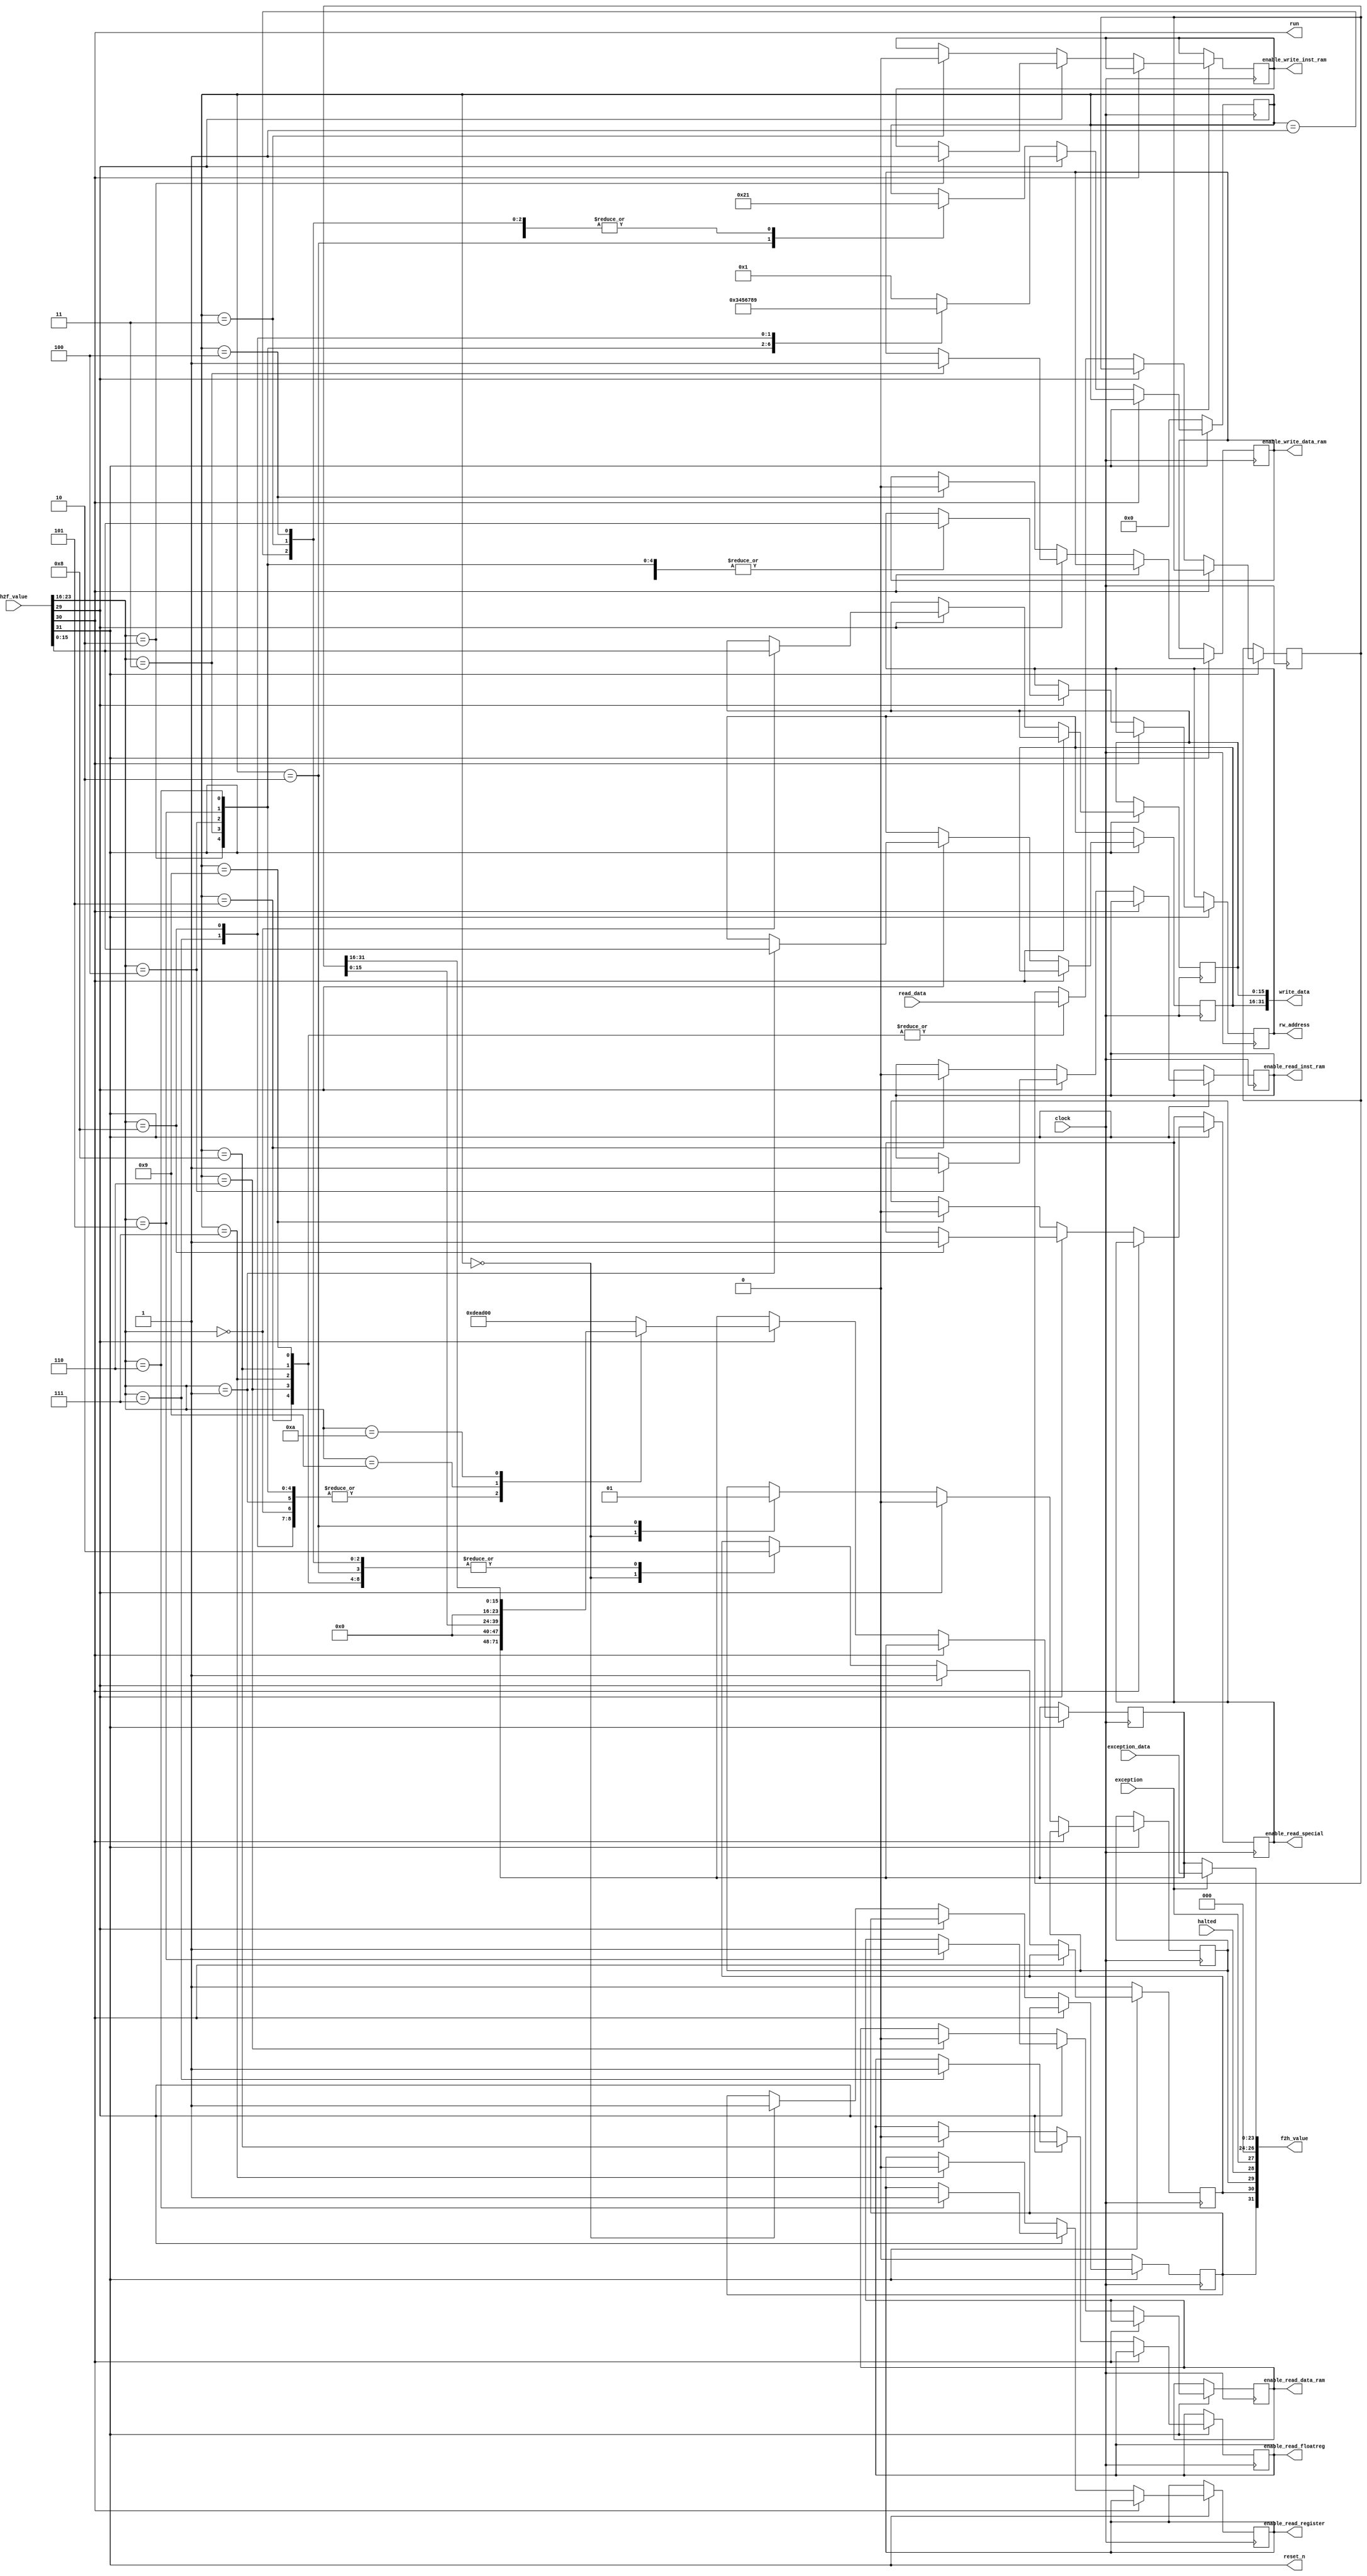
// This program was cloned from: https://github.com/bradgrantham/alice5
// License: Apache License 2.0

module GPU32BitInterface
    #(parameter WORD_WIDTH=32, ADDRESS_WIDTH=16)
(
    input wire clock,

    input wire [31:0] h2f_value,
    output wire [31:0] f2h_value,

    output wire reset_n,
    output wire run,

    input wire halted,
    input wire exception,
    input wire [23:0] exception_data,

    output reg enable_write_inst_ram,
    output reg enable_write_data_ram,
    output reg enable_read_inst_ram,
    output reg enable_read_data_ram,
    output reg enable_read_register,
    output reg enable_read_floatreg,
    output reg enable_read_special,

    output reg [ADDRESS_WIDTH-1:0] rw_address,
    output wire [WORD_WIDTH-1:0] write_data,
    input wire [WORD_WIDTH-1:0] read_data
);

    localparam H2F_RESET_N_BIT = 31;            // Reset cores, active low
    localparam H2F_RUN_BIT = 30;                // Operate cores, active high
    localparam H2F_REQUEST_BIT = 29;            // Set high if request command is in H2F[23:0]

    localparam H2F_CMD_PUT_LOW_16 = 8'd0;       // Put 15:0 into low 16 of write register
    localparam H2F_CMD_PUT_HIGH_16 = 8'd1;      // Put 15:0 into high 16 of write register
    localparam H2F_CMD_WRITE_INST_RAM = 8'd2;   // Write write register into inst RAM at address in 15:0
    localparam H2F_CMD_WRITE_DATA_RAM = 8'd3;   // Write write register into data RAM at address in 15:0
    localparam H2F_CMD_READ_INST_RAM = 8'd4;    // Read inst RAM at address in 15:0 into read register
    localparam H2F_CMD_READ_DATA_RAM = 8'd5;    // Read data RAM at address in 15:0 into read register
    // TODO - need to implement reading registers through ShaderCore
    localparam H2F_CMD_READ_X_REG = 8'd6;       // Read X register at 4:0 into read register
    localparam H2F_CMD_READ_F_REG = 8'd7;       // Read F register at 4:0 into read register
    localparam H2F_CMD_READ_SPECIAL = 8'd8;     // Read special CPU value indicated in 4:0 into read register
    localparam H2F_CMD_GET_LOW_16 = 8'd9;       // Get low 16 of read register into F2H 15:0
    localparam H2F_CMD_GET_HIGH_16 = 8'd10;     // Get high 16 of read register into F2H 15:0

    localparam F2H_ERR_UNKNOWN_CMD = 24'hdead00;

    assign reset_n = h2f_value[H2F_RESET_N_BIT];
    assign run = h2f_value[H2F_RUN_BIT];
    wire h2f_request /* verilator public */ = h2f_value[H2F_REQUEST_BIT];
    wire [7:0] h2f_command /* verilator public */ = h2f_value[23:16];
    wire [15:0] h2f_parameter /* verilator public */ = h2f_value[15:0];

    // FPGA-to-HPS communication

    reg f2h_exited_reset /* verilator public */;
    reg f2h_busy /* verilator public */;
    reg f2h_cmd_error /* verilator public */;
    reg [23:0] f2h_data_field /* verilator public */;

    assign f2h_value = {
        f2h_exited_reset,
        f2h_busy,
        f2h_cmd_error,
        halted,
        exception,
        3'b0,
        exception ? exception_data : f2h_data_field
    };

    // Internal state maintained for H2F and F2H communication
    reg [31:0] read_register /* verilator public */;
    reg [15:0] write_register_low16 /* verilator public */;
    reg [15:0] write_register_high16 /* verilator public */;


    // States for completing command processing
    localparam STATE_INIT = 0;
    localparam STATE_IDLE = 1;
    localparam STATE_ERROR = 2;
    localparam STATE_WAIT_WRITE_INST_RAM = 3;
    localparam STATE_WAIT_WRITE_DATA_RAM = 4;
    localparam STATE_WAIT_READ_INST_RAM = 5;
    localparam STATE_WAIT_READ_DATA_RAM = 6;
    localparam STATE_WAIT_READ_X_REG = 7;
    localparam STATE_WAIT_READ_F_REG = 8;
    localparam STATE_WAIT_READ_SPECIAL = 9;
    reg [3:0] state /* verilator public */;

    assign write_data = {write_register_high16, write_register_low16};

    always @(posedge clock) begin // {
        if(!reset_n) begin // {

            f2h_exited_reset <= 0;
            state <= STATE_INIT;
            f2h_busy <= 1;

        end else begin // } {

            if (run) begin // {

                // No command processing during run
                // Could do something here, I guess

            end else begin // } {

                if (h2f_request) begin // {

                    // HPS has raised the bit to request processing of a command

                    f2h_busy <= 1;
                    f2h_cmd_error <= 0;

                    case (h2f_command) // {
                        H2F_CMD_PUT_LOW_16: begin
                            write_register_low16 <= h2f_parameter;
                            state <= STATE_IDLE;
                        end
                        H2F_CMD_PUT_HIGH_16: begin
                            write_register_high16 <= h2f_parameter;
                            state <= STATE_IDLE;
                        end
                        H2F_CMD_WRITE_INST_RAM: begin
                            enable_write_inst_ram <= 1;
                            rw_address <= h2f_parameter;
                            state <= STATE_WAIT_WRITE_INST_RAM;
                        end
                        H2F_CMD_WRITE_DATA_RAM: begin
                            enable_write_data_ram <= 1;
                            rw_address <= h2f_parameter;
                            state <= STATE_WAIT_WRITE_DATA_RAM;
                        end
                        H2F_CMD_READ_INST_RAM: begin
                            enable_read_inst_ram <= 1;
                            rw_address <= h2f_parameter;
                            state <= STATE_WAIT_READ_INST_RAM;
                        end
                        H2F_CMD_READ_DATA_RAM: begin
                            enable_read_data_ram <= 1;
                            rw_address <= h2f_parameter;
                            state <= STATE_WAIT_READ_DATA_RAM;
                        end
                        H2F_CMD_READ_X_REG: begin
                            enable_read_register <= 1;
                            rw_address <= h2f_parameter[ADDRESS_WIDTH-1:0];
                            state <= STATE_WAIT_READ_X_REG;
                        end
                        H2F_CMD_READ_F_REG: begin
                            enable_read_floatreg <= 1;
                            rw_address <= h2f_parameter[ADDRESS_WIDTH-1:0];
                            state <= STATE_WAIT_READ_F_REG;
                        end
                        H2F_CMD_READ_SPECIAL: begin
                            enable_read_special <= 1;
                            rw_address <= h2f_parameter[ADDRESS_WIDTH-1:0];
                            state <= STATE_WAIT_READ_SPECIAL;
                        end
                        H2F_CMD_GET_LOW_16: begin
                            f2h_data_field <= {8'b0, read_register[15:0]};
                            state <= STATE_IDLE;
                        end
                        H2F_CMD_GET_HIGH_16: begin
                            f2h_data_field <= {8'b0, read_register[31:16]};
                            state <= STATE_IDLE;
                        end
                        default: begin
                            f2h_data_field <= F2H_ERR_UNKNOWN_CMD;
                            state <= STATE_IDLE;
                        end
                    endcase // }

                end else begin // } {

                    // HPS has lowered the bit, so process command and deactivate busy bit when done

                    // I haven't extracted "f2h_busy <= 0" from any case
                    // statement yet because there could end up being
                    // transitional states in which the core is still busy
                    // on the way to STATE_IDLE
                    case (state) // {
                        STATE_INIT: begin
                            f2h_exited_reset <= 1;
                            f2h_cmd_error <= 0;
                            f2h_busy <= 1;
                            state <= STATE_IDLE;
                        end
                        STATE_ERROR: begin
                            f2h_busy <= 0;
                            f2h_cmd_error <= 1;
                            state <= STATE_ERROR;
                        end
                        STATE_IDLE: begin
                            f2h_busy <= 0;
                            state <= STATE_IDLE;
                        end
                        STATE_WAIT_WRITE_INST_RAM: begin
                            // for now assume one cycle write
                            enable_write_inst_ram <= 0;
                            state <= STATE_IDLE;
                            f2h_busy <= 0;
                        end
                        STATE_WAIT_WRITE_DATA_RAM: begin
                            // for now assume one cycle write
                            enable_write_data_ram <= 0;
                            state <= STATE_IDLE;
                            f2h_busy <= 0;
                        end
                        STATE_WAIT_READ_INST_RAM: begin
                            // for now assume one cycle read
                            read_register <= read_data;
                            enable_read_inst_ram <= 0;
                            state <= STATE_IDLE;
                            f2h_busy <= 0;
                        end
                        STATE_WAIT_READ_DATA_RAM: begin
                            // for now assume one cycle read
                            read_register <= read_data;
                            enable_read_data_ram <= 0;
                            state <= STATE_IDLE;
                            f2h_busy <= 0;
                        end
                        STATE_WAIT_READ_X_REG: begin
                            read_register <= read_data; 
                            enable_read_register <= 0;
                            state <= STATE_IDLE;
                            f2h_busy <= 0;
                        end
                        STATE_WAIT_READ_F_REG: begin
                            read_register <= read_data;
                            enable_read_floatreg <= 0;
                            state <= STATE_IDLE;
                            f2h_busy <= 0;
                        end
                        STATE_WAIT_READ_SPECIAL: begin
                            read_register <= read_data;
                            enable_read_special <= 0;
                            state <= STATE_IDLE;
                            f2h_busy <= 0;
                        end
                    endcase // }

                end // }

            end // } {

        end // } 

    end // }

endmodule